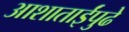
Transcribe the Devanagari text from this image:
आशाताईंपुढे